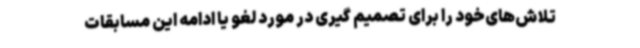
تلاش‌های‌خود را برای تصمیم گیری در مورد لغو یا ادامه این‌ مسابقات